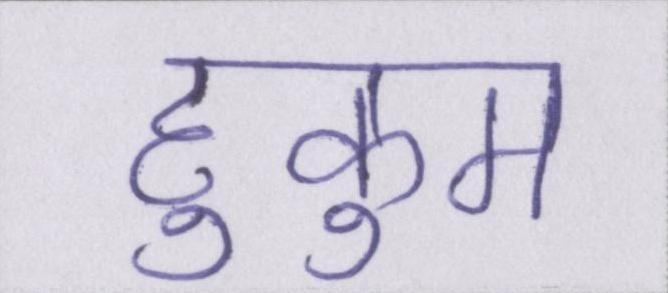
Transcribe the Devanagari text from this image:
हुकुम